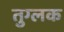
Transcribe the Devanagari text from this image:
तुग्लक